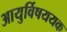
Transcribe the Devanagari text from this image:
आयुर्विषययक